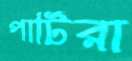
পার্টিরা